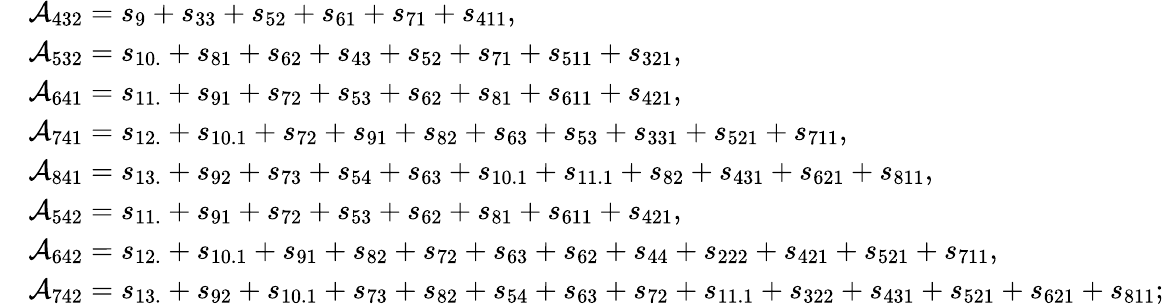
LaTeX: \begin{array}{rl}&{\mathcal{A}_{432}=s_{9}+s_{33}+s_{52}+s_{61}+s_{71}+s_{411},}\\ &{\mathcal{A}_{532}=s_{10.}+s_{81}+s_{62}+s_{43}+s_{52}+s_{71}+s_{511}+s_{321},}\\ &{\mathcal{A}_{641}=s_{11.}+s_{91}+s_{72}+s_{53}+s_{62}+s_{81}+s_{611}+s_{421},}\\ &{\mathcal{A}_{741}=s_{12.}+s_{10.1}+s_{72}+s_{91}+s_{82}+s_{63}+s_{53}+s_{331}+s_{521}+s_{711},}\\ &{\mathcal{A}_{841}=s_{13.}+s_{92}+s_{73}+s_{54}+s_{63}+s_{10.1}+s_{11.1}+s_{82}+s_{431}+s_{621}+s_{811},}\\ &{\mathcal{A}_{542}=s_{11.}+s_{91}+s_{72}+s_{53}+s_{62}+s_{81}+s_{611}+s_{421},}\\ &{\mathcal{A}_{642}=s_{12.}+s_{10.1}+s_{91}+s_{82}+s_{72}+s_{63}+s_{62}+s_{44}+s_{222}+s_{421}+s_{521}+s_{711},}\\ &{\mathcal{A}_{742}=s_{13.}+s_{92}+s_{10.1}+s_{73}+s_{82}+s_{54}+s_{63}+s_{72}+s_{11.1}+s_{322}+s_{431}+s_{521}+s_{621}+s_{811};}\end{array}